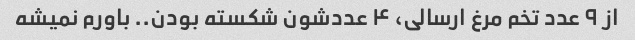
از ۹ عدد تخم مرغ ارسالی، ۴ عددشون شکسته بودن.. باورم نمیشه